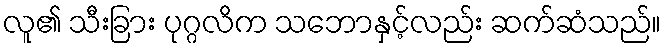
လူ၏ သီးခြား ပုဂ္ဂလိက သဘောနှင့်လည်း ဆက်ဆံသည်။